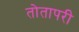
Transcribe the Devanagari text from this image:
तोतापरी